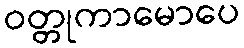
ဝတ္တုကာမောပေ